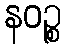
နဝဉ္စ